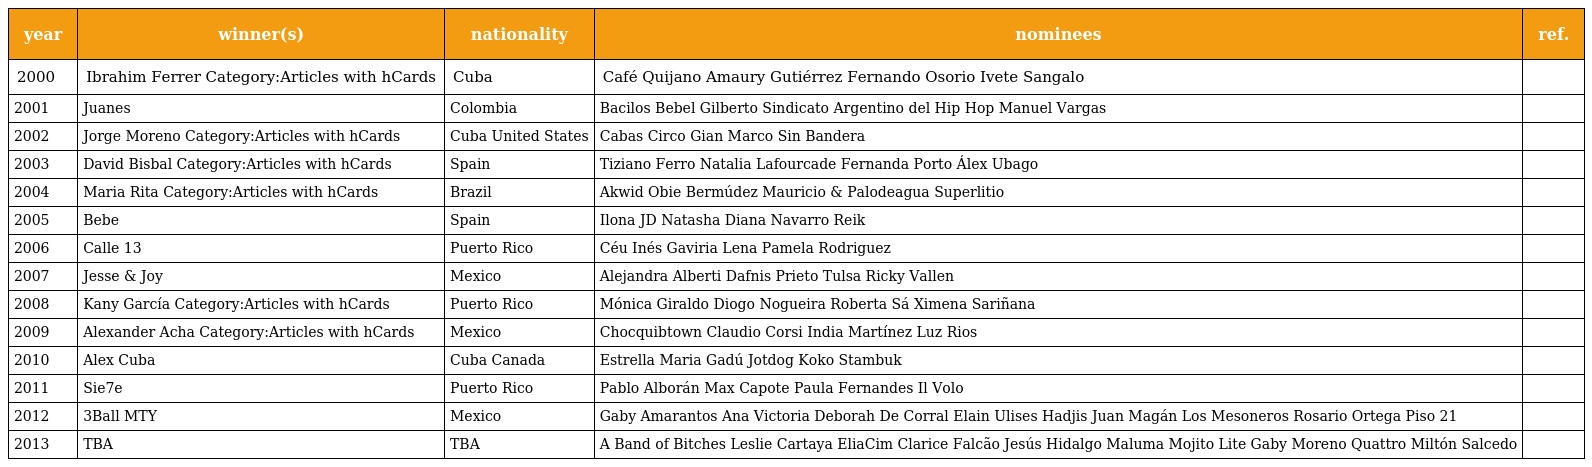
| year | winner(s) | nationality | nominees | ref. |
 | --- | --- | --- | --- | --- |
 | 2000 | Ibrahim Ferrer Category:Articles with hCards | Cuba | Café Quijano Amaury Gutiérrez Fernando Osorio Ivete Sangalo |  |
 | 2001 | Juanes | Colombia | Bacilos Bebel Gilberto Sindicato Argentino del Hip Hop Manuel Vargas |  |
 | 2002 | Jorge Moreno Category:Articles with hCards | Cuba United States | Cabas Circo Gian Marco Sin Bandera |  |
 | 2003 | David Bisbal Category:Articles with hCards | Spain | Tiziano Ferro Natalia Lafourcade Fernanda Porto Álex Ubago |  |
 | 2004 | Maria Rita Category:Articles with hCards | Brazil | Akwid Obie Bermúdez Mauricio & Palodeagua Superlitio |  |
 | 2005 | Bebe | Spain | Ilona JD Natasha Diana Navarro Reik |  |
 | 2006 | Calle 13 | Puerto Rico | Céu Inés Gaviria Lena Pamela Rodriguez |  |
 | 2007 | Jesse & Joy | Mexico | Alejandra Alberti Dafnis Prieto Tulsa Ricky Vallen |  |
 | 2008 | Kany García Category:Articles with hCards | Puerto Rico | Mónica Giraldo Diogo Nogueira Roberta Sá Ximena Sariñana |  |
 | 2009 | Alexander Acha Category:Articles with hCards | Mexico | Chocquibtown Claudio Corsi India Martínez Luz Rios |  |
 | 2010 | Alex Cuba | Cuba Canada | Estrella Maria Gadú Jotdog Koko Stambuk |  |
 | 2011 | Sie7e | Puerto Rico | Pablo Alborán Max Capote Paula Fernandes Il Volo |  |
 | 2012 | 3Ball MTY | Mexico | Gaby Amarantos Ana Victoria Deborah De Corral Elain Ulises Hadjis Juan Magán Los Mesoneros Rosario Ortega Piso 21 |  |
 | 2013 | TBA | TBA | A Band of Bitches Leslie Cartaya EliaCim Clarice Falcão Jesús Hidalgo Maluma Mojito Lite Gaby Moreno Quattro Miltón Salcedo |  |